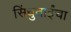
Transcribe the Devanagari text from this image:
सिंधुताईंचा